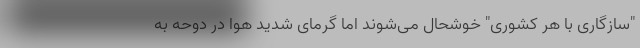
"سازگاری با هر کشوری" خوشحال می‌شوند اما گرمای شدید هوا در دوحه به